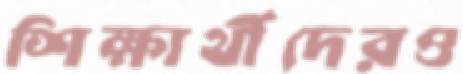
শিক্ষার্থীদেরও